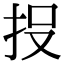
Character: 𭠘